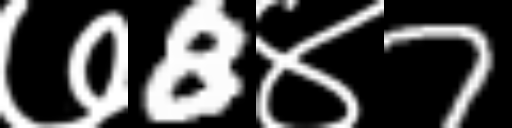
Text: ७8४7